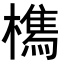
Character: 𭬘